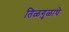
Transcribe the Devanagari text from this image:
तिळगुळाचे